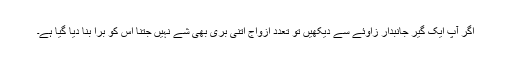
اگر آپ ایک گیر جانبدار زاوئے سے دیکھیں تو تعدد ازواج اتنی بُری بھی شے نہیں جتنا اس کو برا بنا دیا گیا ہے۔